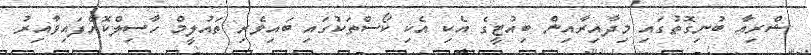
ޝްރިއާ ބުނިގޮތުގައި މިދާއިރާއިން ބިއުޓީގެ އެކި އެކި ކޯސްތަކުގައި ބައިވެރި ތައުލީމް ހާސިލްކޮށްފައިވާއިރު